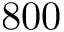
8 0 0